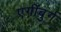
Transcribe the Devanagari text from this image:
एगींबुर्ग